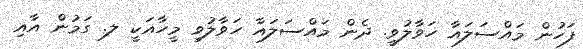
ފަހުން މައްސަލައާ ހަވާލުވީ. ދެން މައްސަލައާ ހަވާލުވި މީހާއަކީ ލ. ގަމުން އާއި